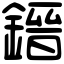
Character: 𨫌